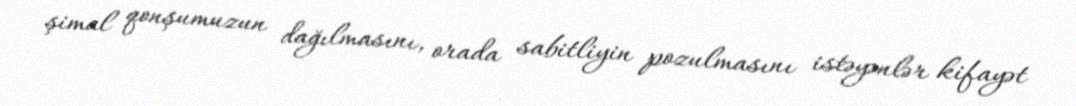
şimal qonşumuzun dağılmasını, orada sabitliyin pozulmasını istəyənlər kifayət